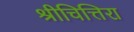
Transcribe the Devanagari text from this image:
श्रीचित्तिरा